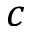
c